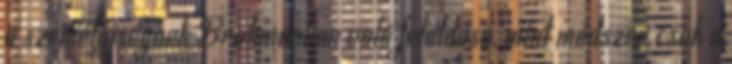
a személyiségnek Brahmanban való feloldása, mint módszer csak a